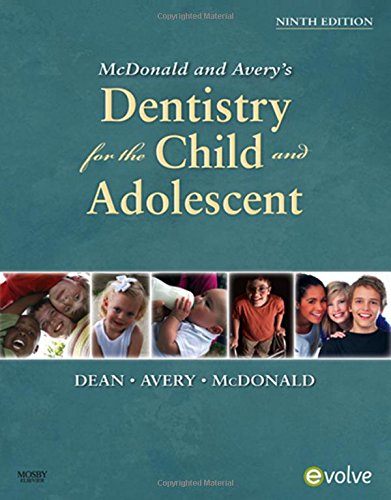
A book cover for McDonald and Avery Dentistry for the Child and Adolescent, 9e; Jeffrey A. Dean DDS  MSD; Medical Books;